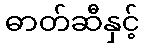
ဓာတ်ဆီနှင့်